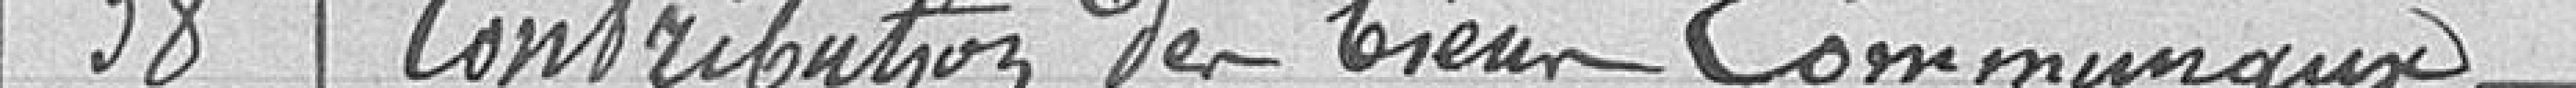
38 Contribution des biens communaux